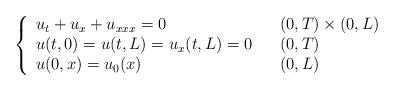
LaTeX: \begin{align*}\left\{\begin{array}[c]{lll}u_{t}+u_{x}+u_{xxx}=0 & & ( 0,T) \times(0,L) \\u( t,0) =u( t,L) =u_{x}( t,L) =0 & &( 0,T) \\u( 0,x) =u_{0}( x) & & (0,L) \end{array}\right. \end{align*}